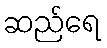
ဆည်ရေ